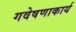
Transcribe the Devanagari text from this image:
गवेषणाकार्य